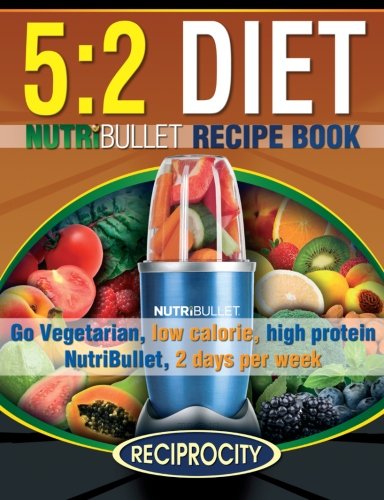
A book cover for The 5:2 Diet NutriBullet Recipe Book: 200 Low Calorie High Protein 5:2 Diet Smoothie Recipes; Susan Fotherington; Cookbooks, Food & Wine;